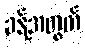
ခန့်အတွက်